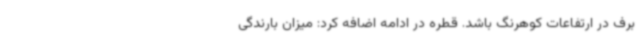
برف در ارتفاعات کوهرنگ باشد. قطره در ادامه اضافه کرد: میزان بارندگی